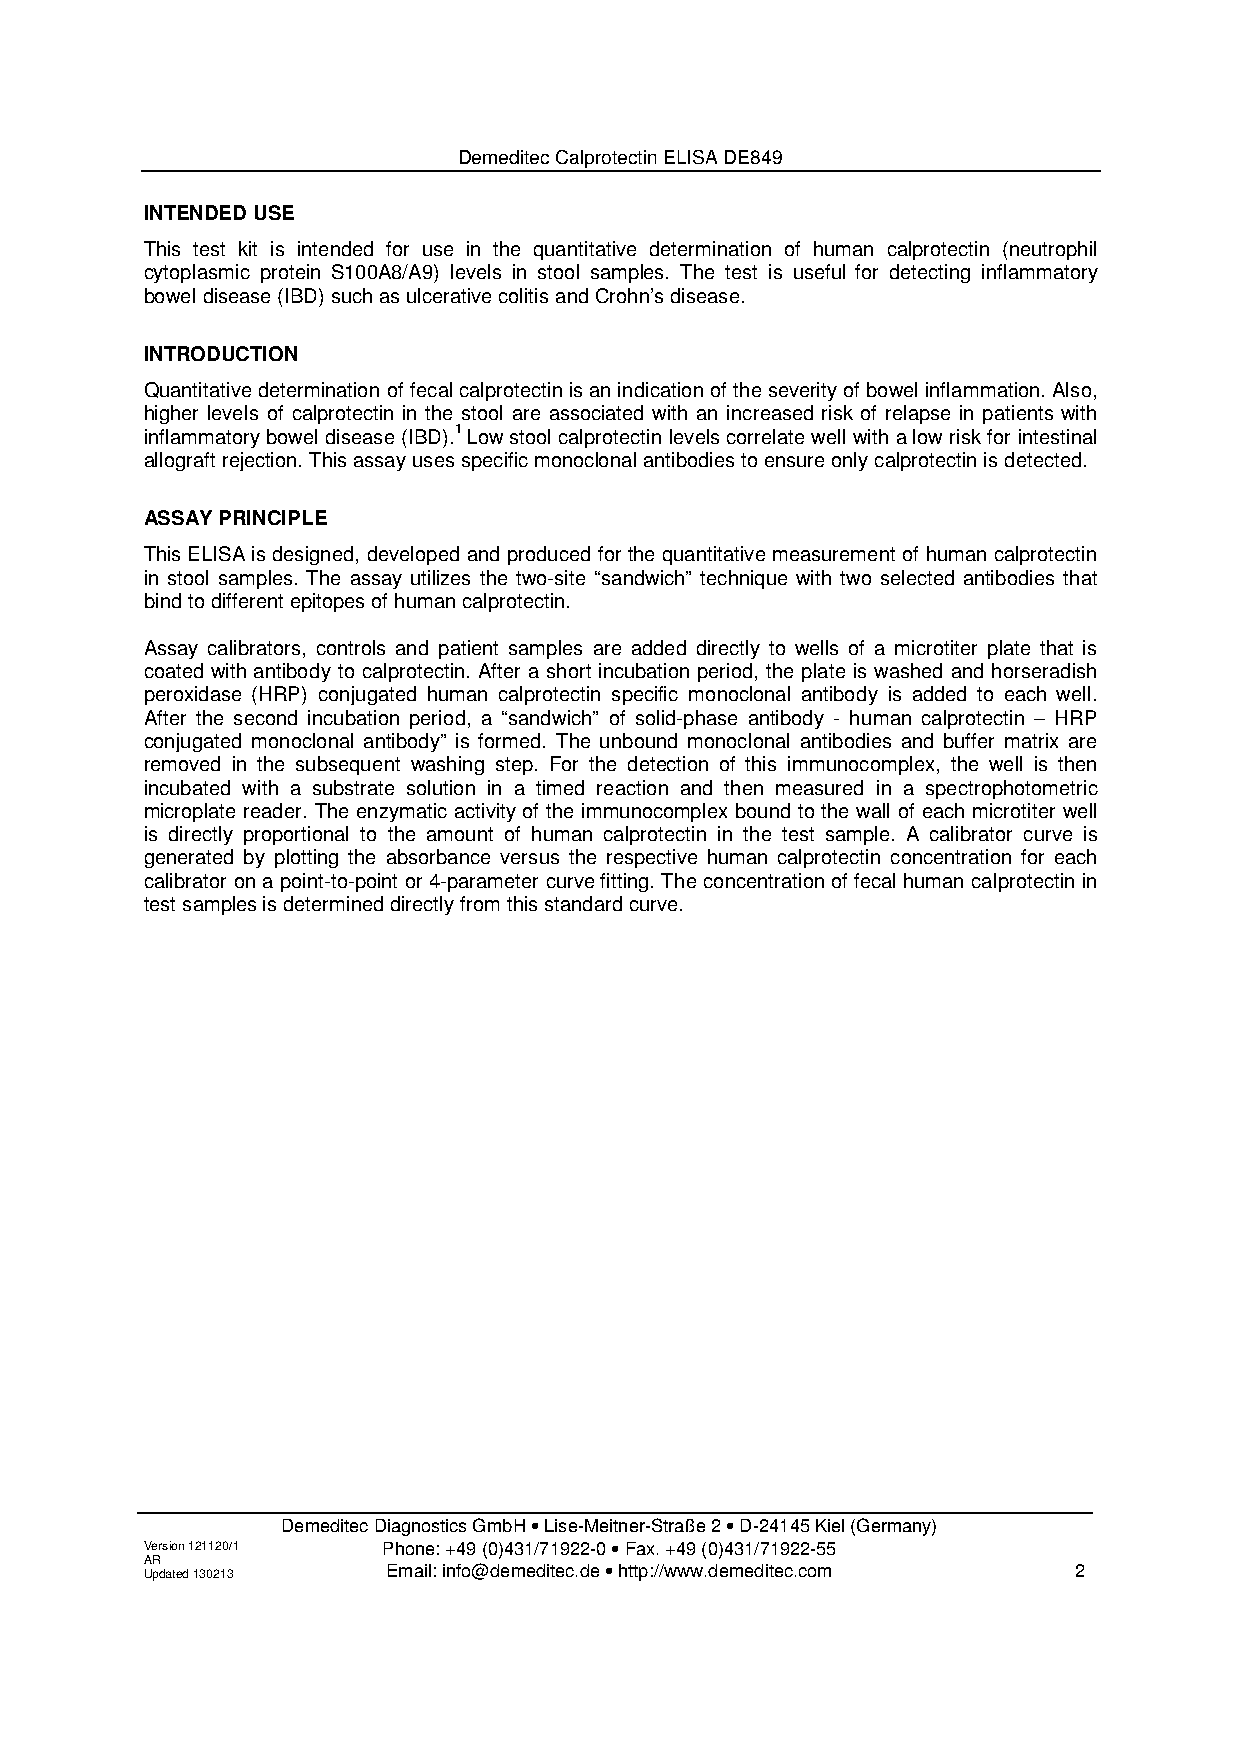
Demeditec Calprotectin ELISA DE849
 INTENDED USE
 This test kit is intended for use in the quantitative determination of human calprotectin (neutrophil
 cytoplasmic protein S100A8/A9) levels in stool samples. The test is useful for detecting inflammatory
 bowel disease (IBD) such as ulcerative colitis and Crohn’s disease.
 INTRODUCTION
 Quantitative determination of fecal calprotectin is an indication of the severity of bowel inflammation. Also,
 higher levels of calprotectin in the stool are associated with an increased risk of relapse in patients with
 inflammatory bowel disease (IBD).1 Low stool calprotectin levels correlate well with a low risk for intestinal
 allograft rejection. This assay uses specific monoclonal antibodies to ensure only calprotectin is detected.
 ASSAY PRINCIPLE
 This ELISA is designed, developed and produced for the quantitative measurement of human calprotectin
 in stool samples. The assay utilizes the two-site “sandwich” technique with two selected antibodies that
 bind to different epitopes of human calprotectin.
 Assay calibrators, controls and patient samples are added directly to wells of a microtiter plate that is
 coated with antibody to calprotectin. After a short incubation period, the plate is washed and horseradish
 peroxidase (HRP) conjugated human calprotectin specific monoclonal antibody is added to each well.
 After the second incubation period, a “sandwich” of solid-phase antibody - human calprotectin – HRP
 conjugated monoclonal antibody” is formed. The unbound monoclonal antibodies and buffer matrix are
 removed in the subsequent washing step. For the detection of this immunocomplex, the well is then
 incubated with a substrate solution in a timed reaction and then measured in a spectrophotometric
 microplate reader. The enzymatic activity of the immunocomplex bound to the wall of each microtiter well
 is directly proportional to the amount of human calprotectin in the test sample. A calibrator curve is
 generated by plotting the absorbance versus the respective human calprotectin concentration for each
 calibrator on a point-to-point or 4-parameter curve fitting. The concentration of fecal human calprotectin in
 test samples is determined directly from this standard curve.
 Demeditec Diagnostics GmbH • Lise-Meitner-Straße 2 • D-24145 Kiel (Germany)
 Version 121120/1 Phone: +49 (0)431/71922-0 • Fax. +49 (0)431/71922-55
 A UR pd ated 130213 Email: info@demeditec.de • http://www.demeditec.com 2